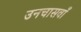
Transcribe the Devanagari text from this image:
उनचासवाँ